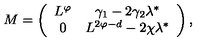
M = \left( \begin{array} { c c } { L ^ { \varphi } } & { \gamma _ { 1 } - 2 \gamma _ { 2 } \lambda ^ { * } } \\ { 0 } & { L ^ { 2 \varphi - d } - 2 \chi \lambda ^ { * } } \\ \end{array} \right) ,